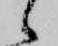
候